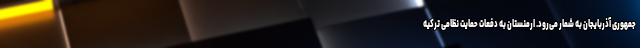
جمهوری آذربایجان به شمار می‌رود. ارمنستان به دفعات حمایت نظامی ترکیه